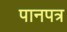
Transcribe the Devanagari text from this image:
पानपत्र